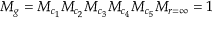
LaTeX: M _ { g } = M _ { c _ { 1 } } M _ { c _ { 2 } } M _ { c _ { 3 } } M _ { c _ { 4 } } M _ { c _ { 5 } } M _ { r = \infty } = 1